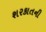
શરકાતની